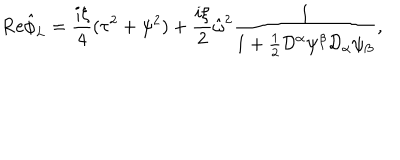
LaTeX: { \mathrm { R e } } \hat { \phi } _ { L } = \frac { i \xi } { 4 } ( \tau ^ { 2 } + \psi ^ { 2 } ) + \frac { i \xi } { 2 } \hat { \omega } ^ { 2 } \frac { 1 } { 1 + \frac { 1 } { 2 } { \cal D } ^ { \alpha } \psi ^ { \beta } { \cal D } _ { \alpha } \psi _ { \beta } } ,